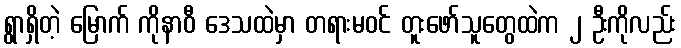
ရွာရှိတဲ့ မြောက် ကိုနာဝီ ဒေသထဲမှာ တရားမဝင် တူးဖော်သူတွေထဲက ၂ ဦးကိုလည်း